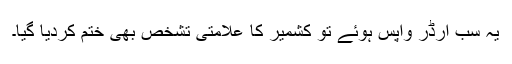
یہ سب آرڈر واپس ہوئے تو کشمیر کا علامتی تشخص بھی ختم کردیا گیا۔